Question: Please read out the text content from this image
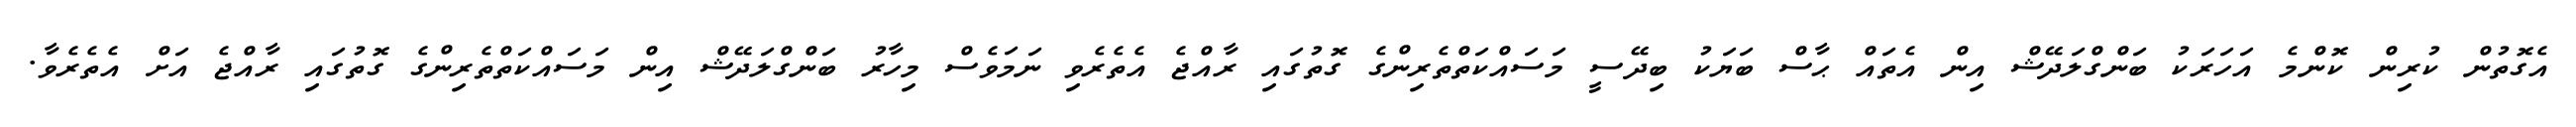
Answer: އެގޮތުން ކުރިން ކޮންމެ އަހަރަކު ބަންގްލަދޭޝް އިން އެތައް ޙާސް ބަޔަކު ބިދޭސީ މަސައްކަތްތެރިންގެ ގޮތުގައި ރާއްޖެ އެތެރެވި ނަމަވެސް މިހާރު ބަންގްލަދޭޝް އިން މަސައްކަތްތެރިންގެ ގޮތުގައި ރާއްޖެ އަށް އެތެރެވާ.